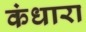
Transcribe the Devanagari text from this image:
कंधारा